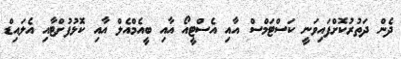
ދެން ދަތުރުކޮށްފައިވަނީ ކަސްޓަމްސް އާއި އެސްޓީއޯ އާއި ބީއެމްއެލް އާއި ކޮޅުފުށްޓާއި އެލައިޑް